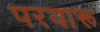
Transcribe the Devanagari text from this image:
परयारू